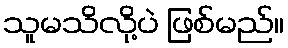
သူမသိလို့ပဲ ဖြစ်မည်။